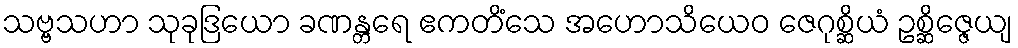
သဗ္ဗသဟာ သုခုဒြယော ခဏန္တရေ ဧကတိံသေ အဟောသိယေဝ ဇေဂုစ္ဆိယံ ဥစ္ဆိဇ္ဇေယျ